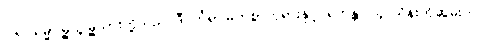
၁၆။ ရမ္မာမြို့သူမြို့သားတို့သည် ဒီပင်္ကရာမြတ်စွာဘုရားနှင့် ရဟန္တာ ၄ သိန်းကိုဆွမ်းကပ်